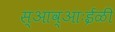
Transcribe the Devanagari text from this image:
स्आव्आःईळी